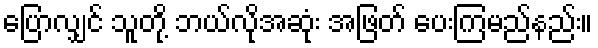
ပြောလျှင် သူတို့ ဘယ်လိုအဆုံး အဖြတ် ပေးကြမည်နည်း။